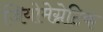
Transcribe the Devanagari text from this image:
जियोमेग्नेटिक